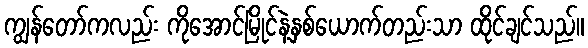
ကျွန်တော်ကလည်း ကိုအောင်မြိုင်နဲ့နှစ်ယောက်တည်းသာ ထိုင်ချင်သည်။